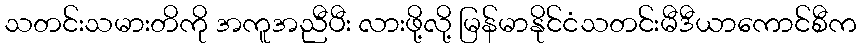
သတင်းသမားတိကို အကူအညီပီး လားဖို့လို့ မြန်မာနိုင်ငံသတင်းမီဒီယာကောင်စီက